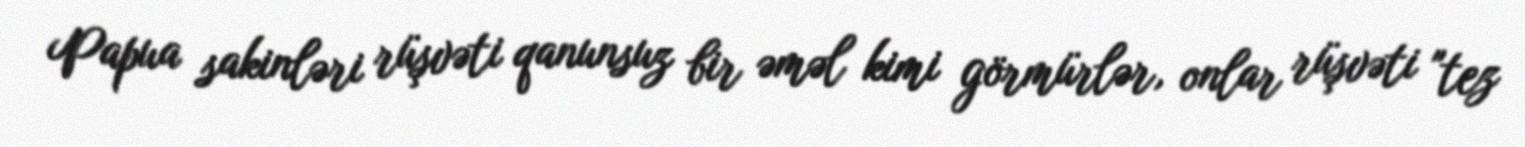
Papua sakinləri rüşvəti qanunsuz bir əməl kimi görmürlər, onlar rüşvəti "tez